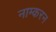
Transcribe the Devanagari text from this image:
नाम्करन